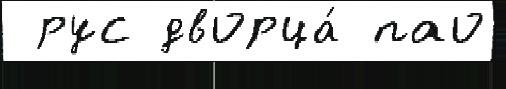
 рус дворца́ пао